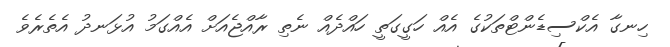
ހިނގާ އެކްސިޑެންޓްތަކުގެ އެއް ހަގީގަތީ ހައްދެއް ނެތި ރާއްޖެއަށް އެއްގަމު އުޅަނދު އެތެރެވެ